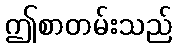
ဤစာတမ်းသည်